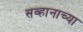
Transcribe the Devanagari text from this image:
सव्हानाच्या